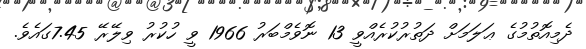
ދެމިއޮތުމުގެ ޢަލަމަށް ދަތުރުކުރެއްވީ 13 ނޮވެމްބަރު 1966 ވީ ހުކުރު ވިލޭރޭ 7.45ގައެވެ.